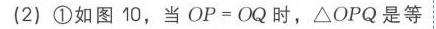
(2) \textcircled{1}如图 10，当 \(OP = OQ\) 时，\(\triangle OPQ\) 是等